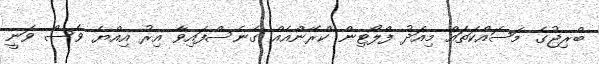
ބްރިޖުގެ މަސައްކަތައް މިއަދު ފްލޯޓިން ކްރޭންއެއް ގެނެސްފައިވާ އިރު އިއްޔެ ވެސް ވަނީ